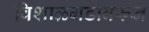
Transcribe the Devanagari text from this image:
विशाळगडावरून